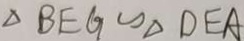
\Delta B E G \sim \Delta D E A